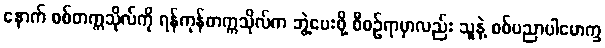
နောက် စစ်တက္ကသိုလ်ကို ရန်ကုန်တက္ကသိုလ်က ဘွဲ့ပေးဖို့ စီစဉ်ရာမှာလည်း သူနဲ့ စစ်ပညာပါမောက္ခ